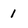
Character: 1